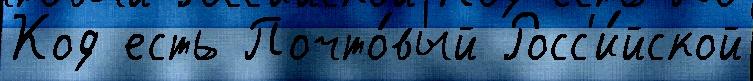
Код есть Почто́вый Росс'и́йской